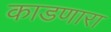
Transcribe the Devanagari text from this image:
काडणारा